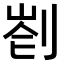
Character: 𠝀